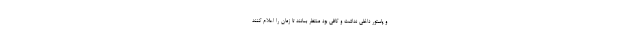
و پاستور داخلی نداشت و کافی بود منتظر بمانند تا زمان را اعلام کنند